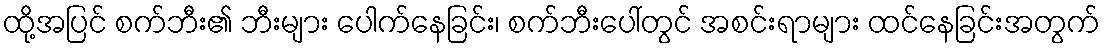
ထို့အပြင် စက်ဘီး၏ ဘီးများ ပေါက်နေခြင်း၊ စက်ဘီးပေါ်တွင် အစင်းရာများ ထင်နေခြင်းအတွက်